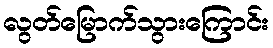
လွတ်မြောက်သွားကြောင်း